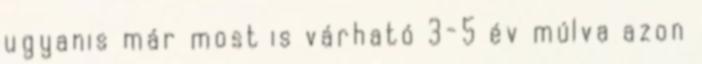
ugyanis már most is várható 3-5 év múlva azon